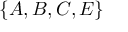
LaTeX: \{ A , B , C , E \}